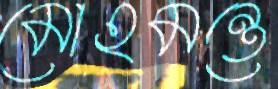
মোহমন্ত্রে